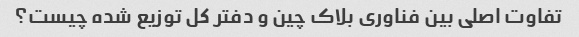
تفاوت اصلی بین فناوری بلاک چین و دفتر کل توزیع شده چیست؟